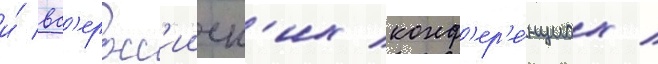
и́ вс'еросс'ииск'их конф'ер'е́нциах /